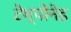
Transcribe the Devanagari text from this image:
टेम्पोनेड